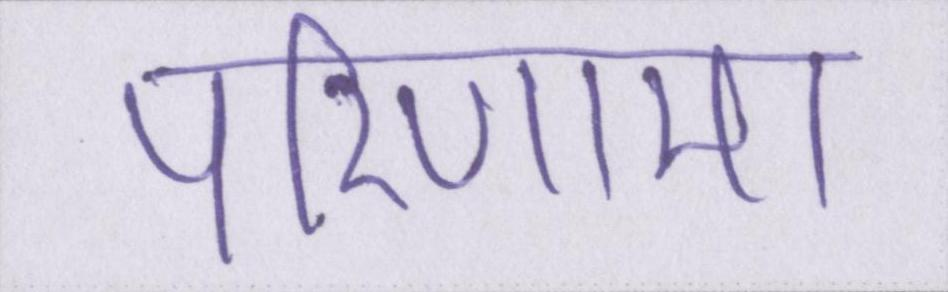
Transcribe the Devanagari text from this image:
परिणाम।